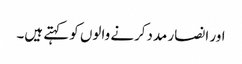
اور انصار مددکرنے والوں کو کہتے ہیں۔